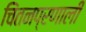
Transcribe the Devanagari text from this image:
चिंतनप्रणाली